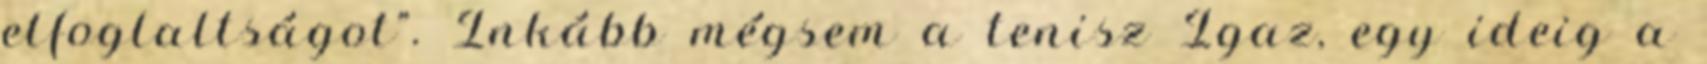
elfoglaltságot”. Inkább mégsem a tenisz Igaz, egy ideig a